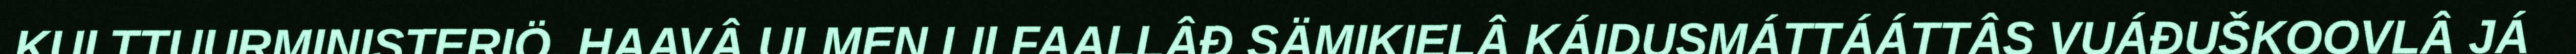
KULTTUURMINISTERIÖ. HAAVÂ ULMEN LII FAALLÂĐ SÄMIKIELÂ KÁIDUSMÁTTÁÁTTÂS VUÁĐUŠKOOVLÂ JÁ